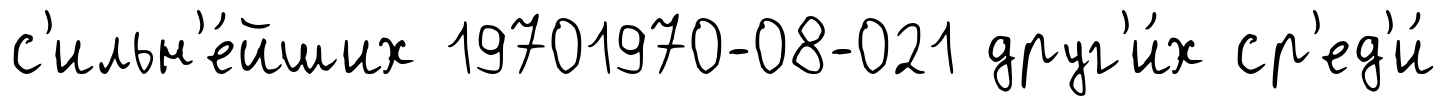
с'ильн'е́йших 19701970-08-021 друг'и́х ср'ед'и́